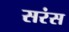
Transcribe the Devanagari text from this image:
सरंस